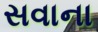
સવાના